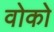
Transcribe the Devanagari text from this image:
वोको